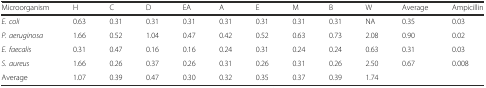
<table><thead><tr><td><b>Microorganism</b></td><td><b>H</b></td><td><b>C</b></td><td><b>D</b></td><td><b>EA</b></td><td><b>A</b></td><td><b>E</b></td><td><b>M</b></td><td><b>B</b></td><td><b>W</b></td><td><b>Average</b></td><td><b>Ampicillin</b></td></tr></thead><tbody><tr><td><i>E. coli</i></td><td>0.63</td><td>0.31</td><td>0.31</td><td>0.31</td><td>0.31</td><td>0.31</td><td>0.31</td><td>0.31</td><td>NA</td><td>0.35</td><td>0.03</td></tr><tr><td><i>P. aeruginosa</i></td><td>1.66</td><td>0.52</td><td>1.04</td><td>0.47</td><td>0.42</td><td>0.52</td><td>0.63</td><td>0.73</td><td>2.08</td><td>0.90</td><td>0.02</td></tr><tr><td><i>E. faecalis</i></td><td>0.31</td><td>0.47</td><td>0.16</td><td>0.16</td><td>0.24</td><td>0.31</td><td>0.24</td><td>0.24</td><td>0.63</td><td>0.31</td><td>0.03</td></tr><tr><td><i>S. aureus</i></td><td>1.66</td><td>0.26</td><td>0.37</td><td>0.26</td><td>0.31</td><td>0.26</td><td>0.31</td><td>0.26</td><td>2.50</td><td>0.67</td><td>0.008</td></tr><tr><td>Average</td><td>1.07</td><td>0.39</td><td>0.47</td><td>0.30</td><td>0.32</td><td>0.35</td><td>0.37</td><td>0.39</td><td>1.74</td><td></td><td></td></tr></tbody></table>